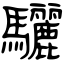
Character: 驪